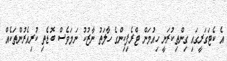
އެ ކެޓަގަރީގައި ގިންތިކުރަނީ ހިއުމަން ޓްރެފިކިންގެ ހާލަތު ނާޒުކު ނަމަވެސް ބޮޑެތި ކުރިއެރުންތަކެއް